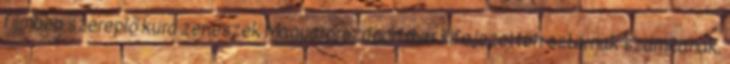
filmben szereplő kurd zenészek Magyarországon már kifejezetten sztárnak számítanak,